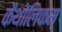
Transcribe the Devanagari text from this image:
कैथोलिकम्